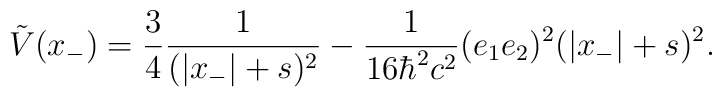
\tilde{V}(x_{-}) = \frac{3}{4} \frac{1}{(|x_{-}|+s)^2}- \frac{1}{16{\hbar}^2c^2} (e_1e_2)^2 (|x_{-}|+s)^2.